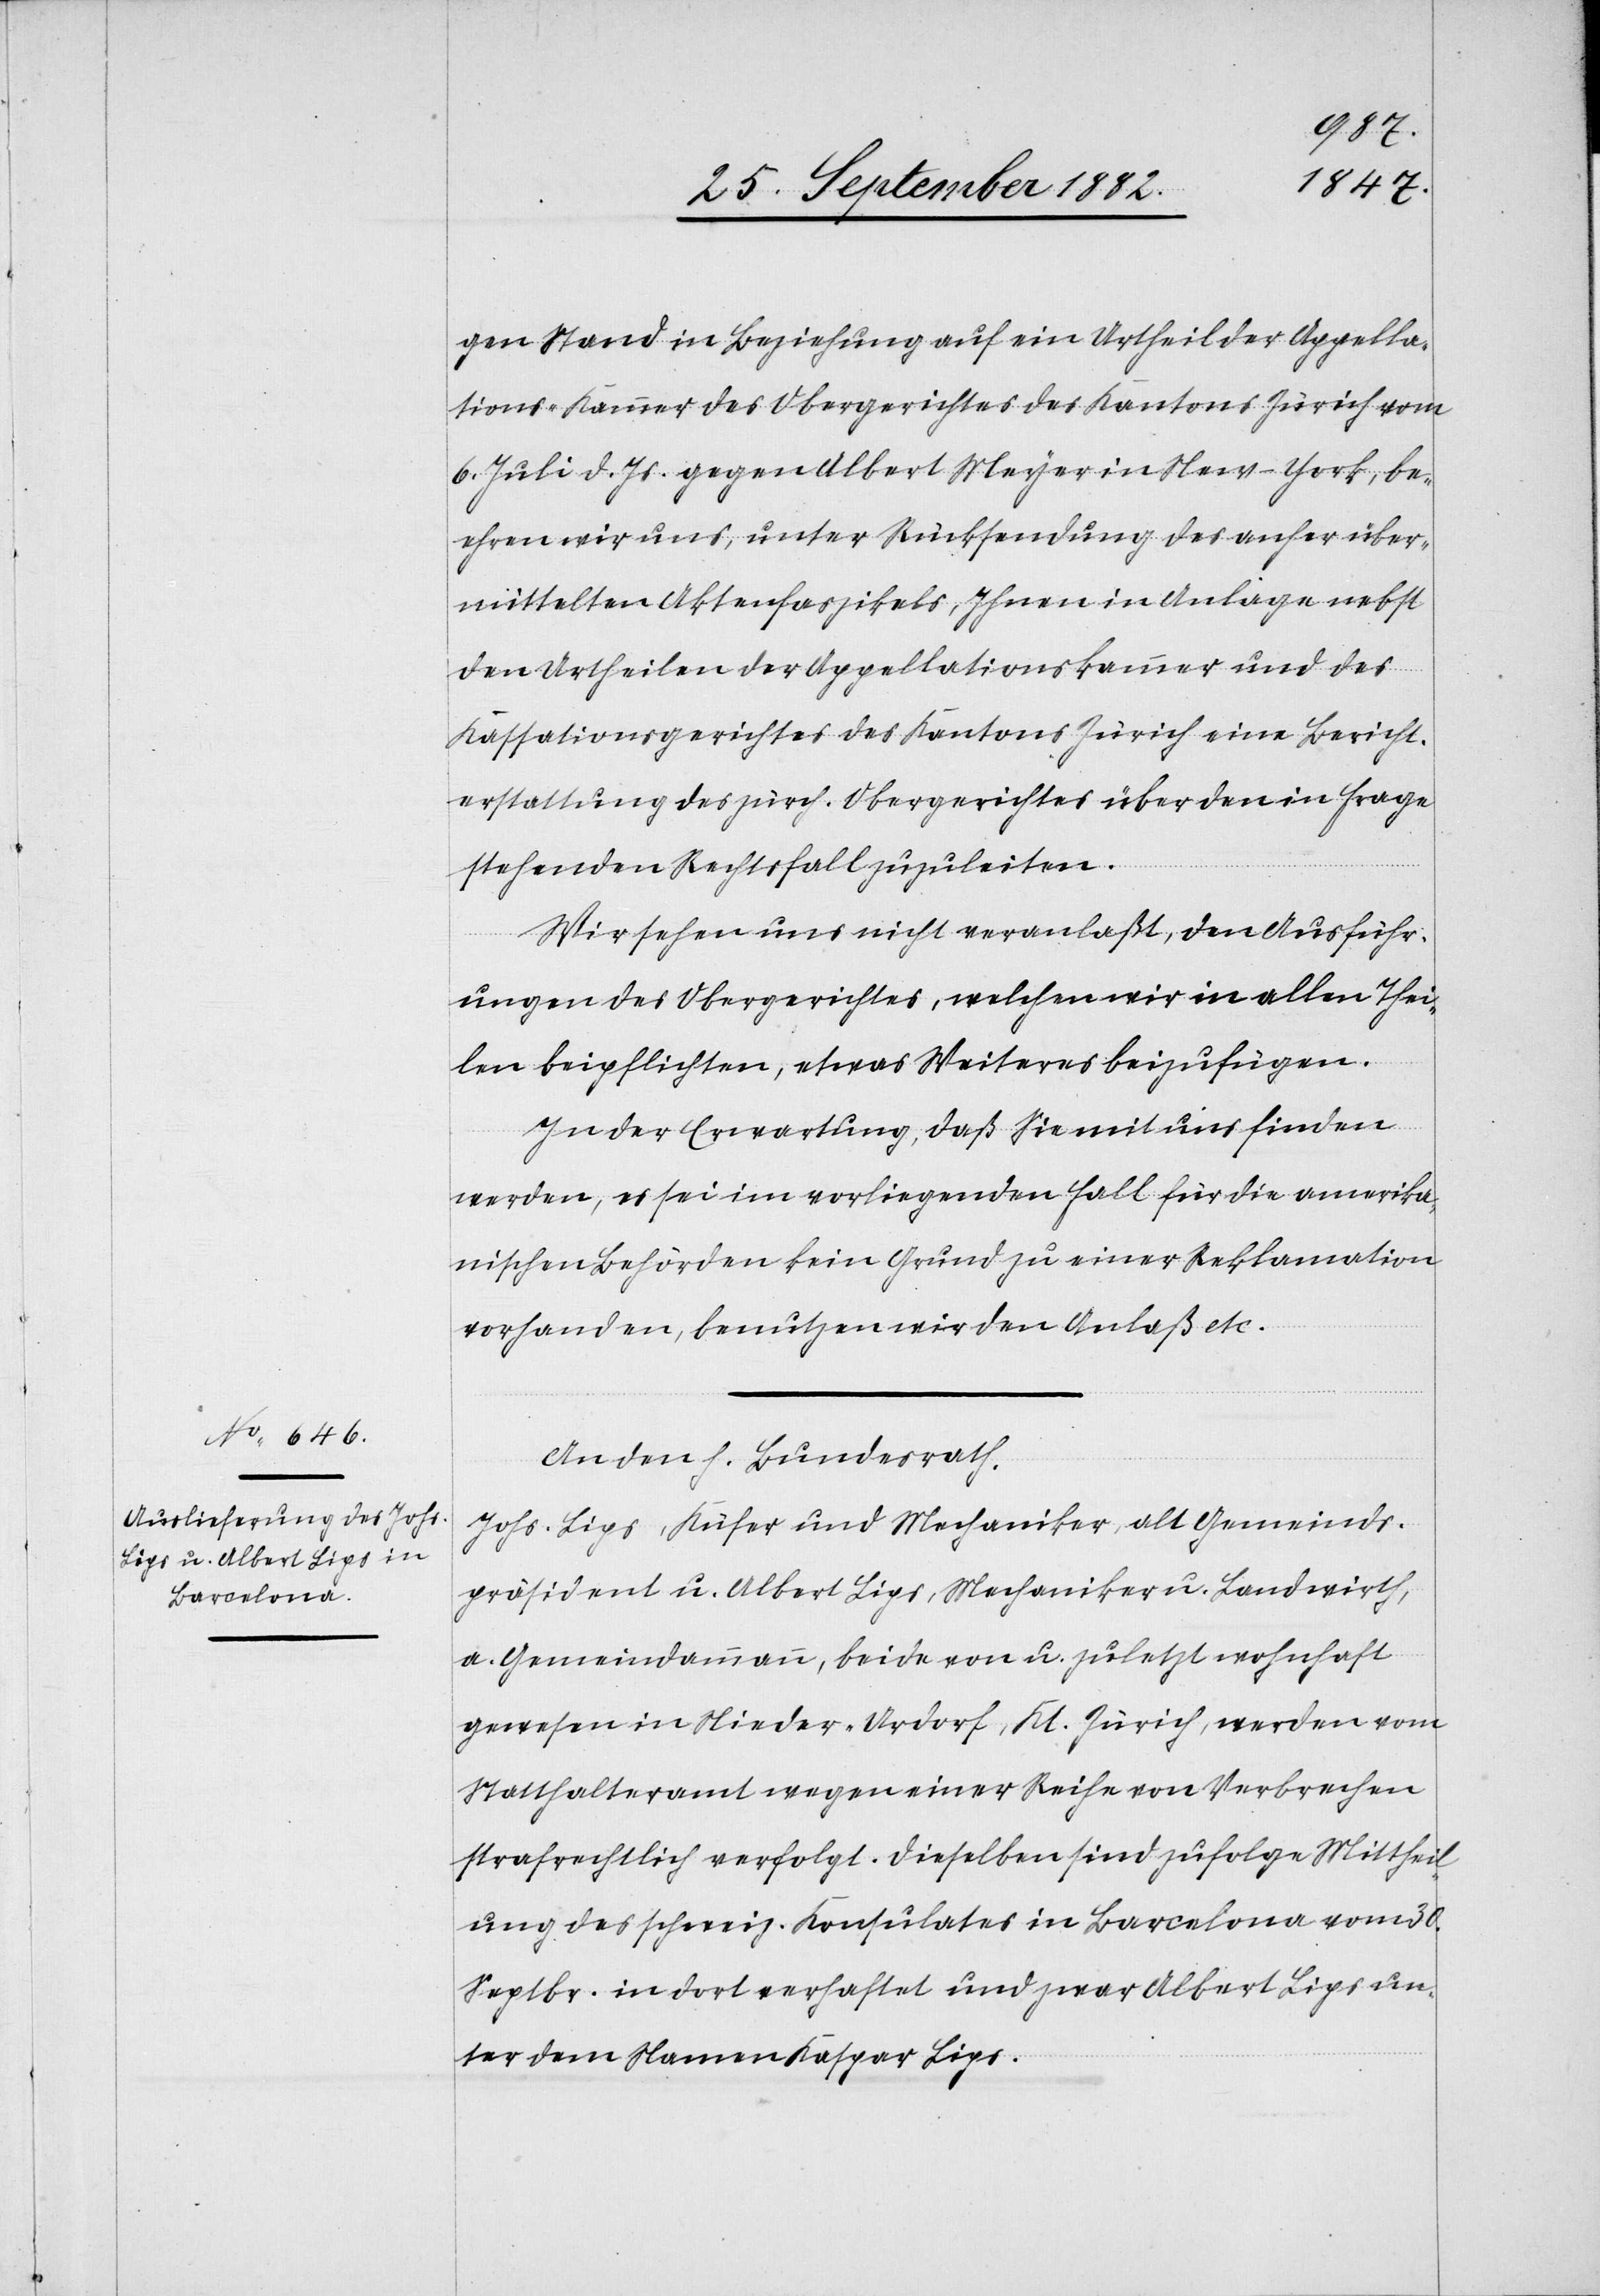
5. October 1882.]
gen Stand in Beziehung auf ein Urtheil der Appella¬
tions-Kammer des Obergerichtes des Kantons Zürich vom
6. Juli d. Js. gegen Albert Meyer in New-York, be¬
ehren wir uns, unter Rücksendung des anher über¬
mittelten Aktenfaszikels, Ihnen in Anlage nebst
den Urtheilen der Appellationskammer und des
Kassationsgerichtes des Kantons Zürich eine Bericht¬
erstattung des zürch. Obergerichtes über den in Frage
stehenden Rechtsfall zuzuleiten.
Wir sehen uns nicht veranlaßt, den Ausführ¬
ungen des Obergerichtes, welchem wir in allen Thei¬
len beipflichten, etwas Weiteres beizufügen.
In der Erwartung, daß Sie mit uns finden
werden, es sei im vorliegenden Fall für die amerika¬
nischen Behörden kein Grund zu einer Reklamation
vorhanden, benutzen wir den Anlaß etc.“
An den h. Bundesrath.
„Johs. Lips, Küfer und Mechaniker, alt Gemeins¬
präsident u. Albert Lips, Mechaniker u. Landwirth,
a. Gemeindammann, beide von u. zuletzt wohnhaft
gewesen in Nieder-Urdorf, Kt. Zürich, werden vom
Statthalteramt wegen einer Reihe von Verbrechen
strafrechtlich verfolgt. Dieselben sind zufolge Mittheil¬
ung des schweiz. Konsulates in Barcelona vom 30.
Septbr. in dort verhaftet und zwar Albert Lips un¬
ter dem Namen Kaspar Lips.